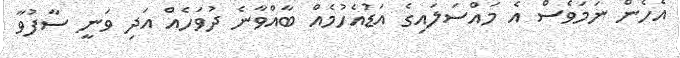
އެހެން ނަމަވެސް އެ މައްސަލައިގެ އަޑުއެހުމެއް ބާއްވާނެ ދުވަހެއް އަދި ވަނީ ސާފުވާ